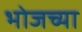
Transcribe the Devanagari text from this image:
भोजच्या